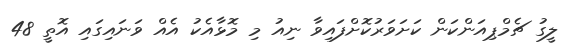
ލީގު ޗެމްޕިއަންކަން ކަށަވަރުކޮށްފައިވާ ނިއު މި މޮޅާއެކު އެއް ވަނައިގައި އޮތީ 48